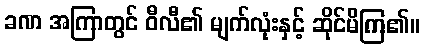
ခဏ အကြာတွင် ဝီလီ၏ မျက်လုံးနှင့် ဆိုင်မိကြ၏။